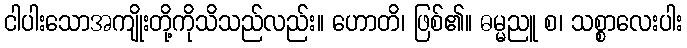
ငါပါးသောအကျိုးတို့ကိုသိသည်လည်း။ ဟောတိ၊ ဖြစ်၏။ ဓမ္မညူ စ၊ သစ္စာလေးပါး